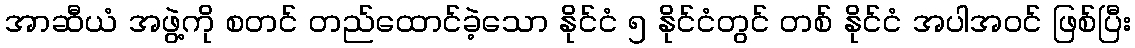
အာဆီယံ အဖွဲ့ကို စတင် တည်ထောင်ခဲ့သော နိုင်ငံ ၅ နိုင်ငံတွင် တစ် နိုင်ငံ အပါအဝင် ဖြစ်ပြီး